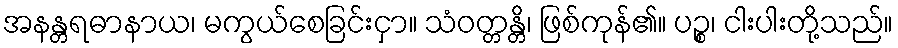
အနန္တရဓာနာယ၊ မကွယ်စေခြင်းငှာ။ သံဝတ္တန္တိ၊ ဖြစ်ကုန်၏။ ပဉ္စ၊ ငါးပါးတို့သည်။